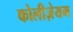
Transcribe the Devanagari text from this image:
कोलीज़ेयम